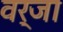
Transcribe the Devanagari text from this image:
वर्जा